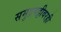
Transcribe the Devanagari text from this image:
समुद्रपट्टीवरही